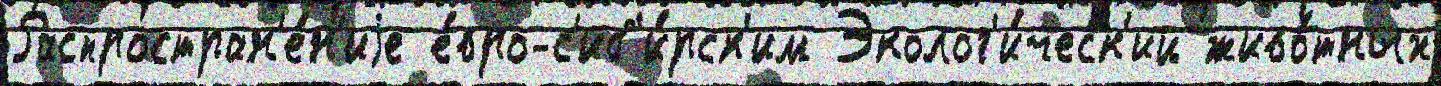
Распростран'е́н'иjе е́вро-с'иб'и́рск'им Эколог'и́ческ'ий живо́тных